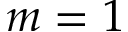
m = 1